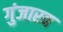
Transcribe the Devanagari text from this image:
गुंजारव